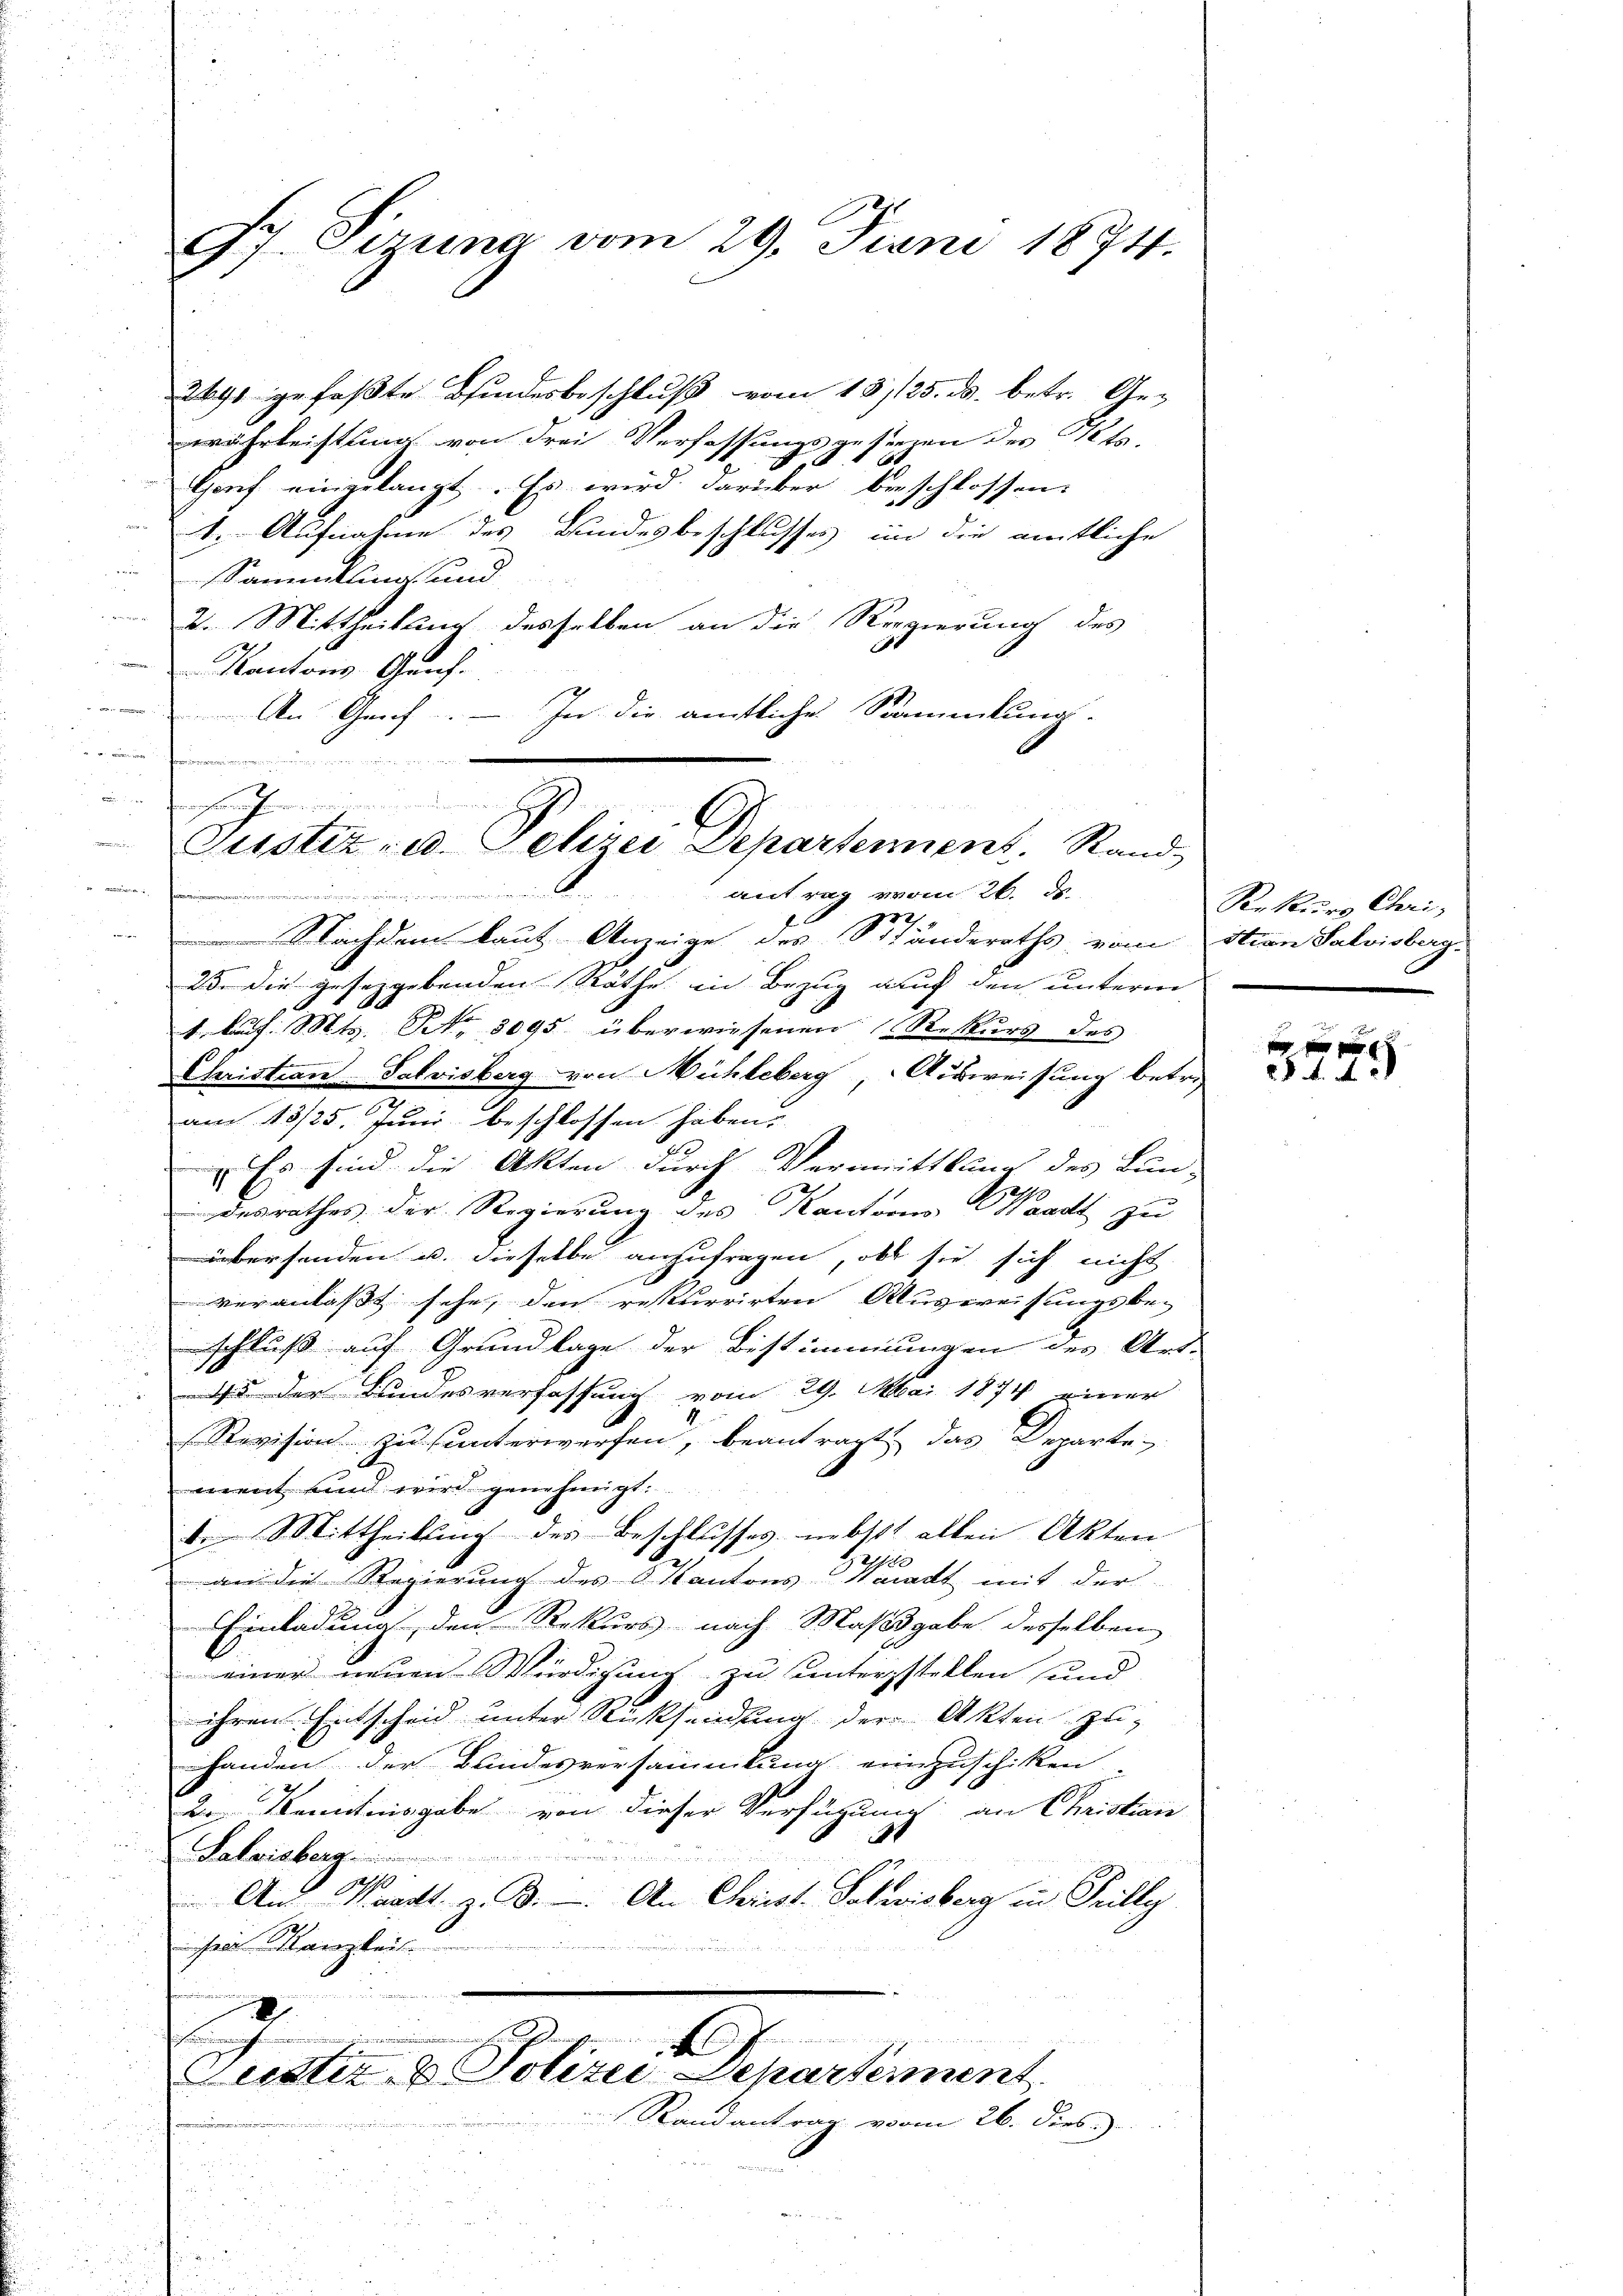
97. Sizung vom 29. Juni 1874.

2691 gefaßte Bindesbeschluß vom 13./25. ds. betr. Ge-
währleistung von drei Verfassungsgesenen des Pete
1
Gouf eingelangt. Es wird darüber beschlossen:
I. Aufnahme des Bundesbeschlusses im die amtliche
Sammlung und

2. Mittheilung desselben an die Regierung des
.
Kantons Graf-
An Graf. – In die amtliche Sammlung-
Fadenen a
antrag vom 26. ds.
27.
Nachdem laut Anzeige des Ständeraths vom Stian Salvisberg-
23. die gesetzgebenden Räthe in Bezug auf den unterm
1. Aŭf. Mts. No. 3095 überwiesenen Rekurs des
Christran-Salvisberg von Mühleberg, Ausweisung betr.
am 13/25. Juni beschlossen haben.
 Es sind die Akten durch Vermittlung des Bun-
20
desrathes der Regierung des Kanton Waadt zu
übersenden u. dieselbe anzufragen, ob sie sich nicht
veranlaßt sehe, den rekurrirten Ausweisungsbe-
schluß auf Grundlage der Bestimmungen des Art.
5 der Kindesverfassung vom 29. Mai 1874 einer
Revision zu unterwerfen, beantragt, das Departe-
ment und wird genehmigt.
d. Mittheilsing des Beschlusses nebst allen Akten
2
an die Regierung des Kantons-Waadt mit der
Einladung, den Rekurs nach Maßgabe desselben
einer neuen Würdigung zu unterzstellen und
ihren Entscheid unter Rücksendung der Akten zu
handen der Bundesversammlung einzuschiken,
2. Kenntnisgabe von dieser Verfügung an Christion
Salarisberg
ges
An Waadt z. B. An Christ. Schweisberg in Trilly
ei Kanzleis
u
d
n
L
Justiz- & Polizei Departement
Rand antrag vom 26. Dieb.)

in ein
un in diesenschein
u
Puster, id elizei Departement. Rand

Rekurs Chri-

f 0 x
 4.